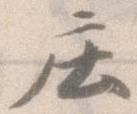
庄